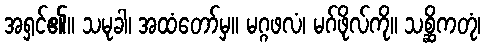
အရှင်၏။ သမုခါ၊ အထံတော်မှ။ မဂ္ဂဖလံ၊ မဂ်ဖိုလ်ကို။ သစ္ဆိကတုံ၊